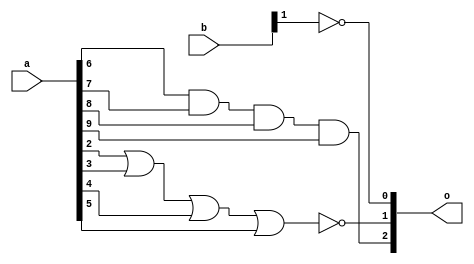
`timescale 1ns /1ps

module loop_test ( o, a, b );
  output [5:0] o;
  input [15:0] a;
  input [1:0] b;
  
  wire n0 ,n1,n3,n4;
   
  not	#(1.000) U1 ( o[0], b[1] );
  nor	#(1.000) U2 ( o[1], a[2], a[3],a[4],a[5] );
  and	#(0.800) U3 ( o[2], a[6], a[7],a[8],a[9] );
  nand	#(1.000) U4 ( n0,n1,n4 );
  not	#(1.000) U7 ( n1, n0 );
  and	#(0.800) U8 ( n4,n1,n3 );
  or	#(1.000) U5 ( n3, a[14], a[15],a[0],a[1]);
  buf	#(0.800) U6 ( o[5], b[0]  );
endmodule